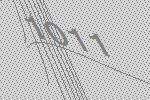
1011